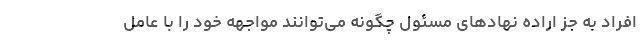
افراد به جز اراده نهادهای مسئول چگونه می‌توانند مواجهه خود را با عامل